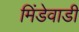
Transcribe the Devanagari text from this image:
मिंडेवाडी